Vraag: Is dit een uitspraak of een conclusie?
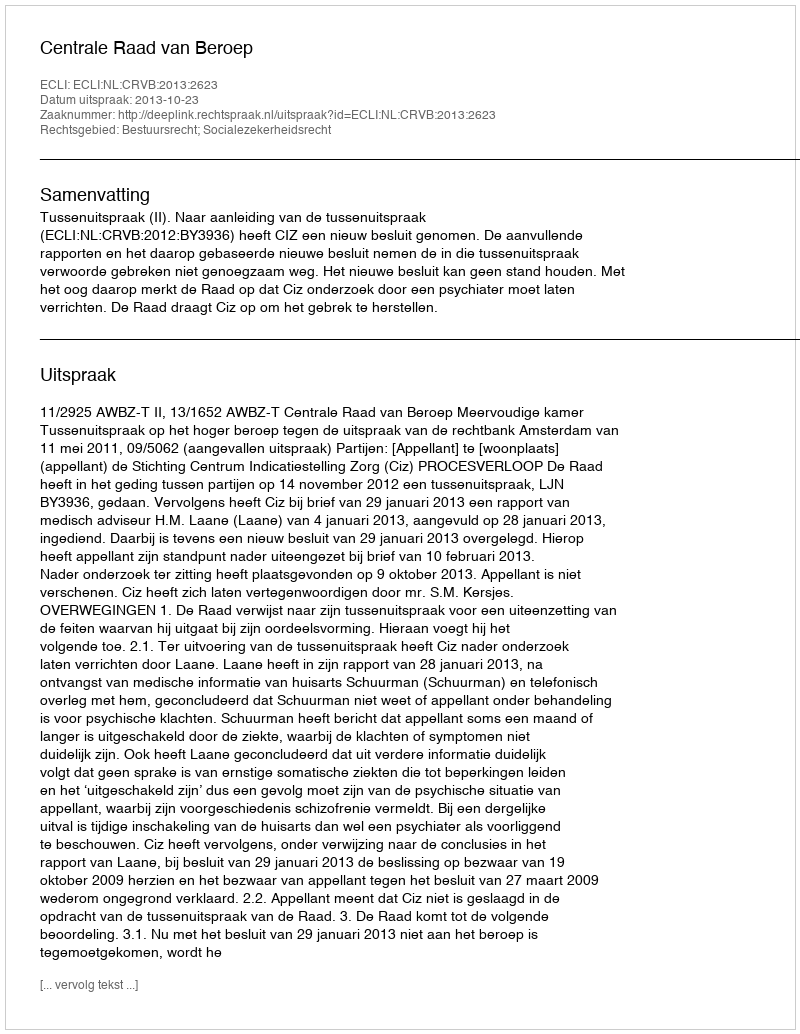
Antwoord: Uitspraak